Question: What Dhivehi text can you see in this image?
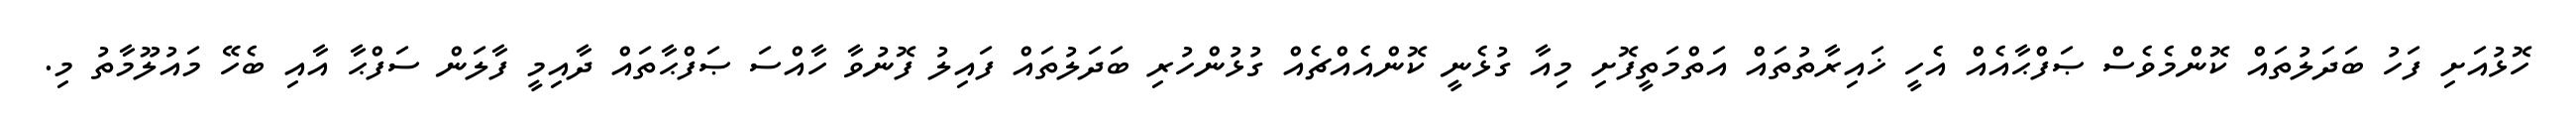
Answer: ހޮޅުއަށި ފަހު ބަދަލުތައް ކޮންމެވެސް ޞަފްޙާއެއް އެހީ ޚައިރާތުތައް އަތްމަތީފޮށި މިއާ ގުޅެނީ ކޮންއެއްޗެއް ގުޅުންހުރި ބަދަލުތައް ފައިލު ފޮނުވާ ހާއްސަ ޞަފްޙާތައް ދާއިމީ ފާލަން ސަފްޙާ އާއި ބެހޭ މައުލޫމާތު މި.